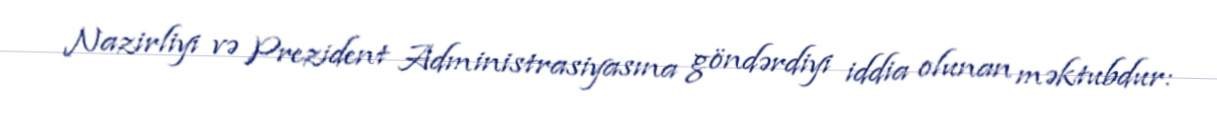
Nazirliyi və Prezident Administrasiyasına göndərdiyi iddia olunan məktubdur: